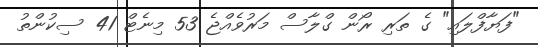
"ފަޔާފްލައި" ގެ ތަރި ރޯން ގްލާސް މަރުވެއްޖެ 53 މިނެޓް 41 ސިކުންތު